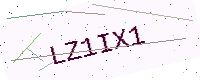
Text: LZ1IX1